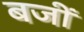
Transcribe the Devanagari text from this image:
बजीं